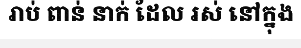
រាប់ ពាន់ នាក់ ដែល រស់ នៅក្នុង